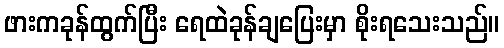
ဖားကခုန်ထွက်ပြီး ရေထဲခုန်ချပြေးမှာ စိုးရသေးသည်။